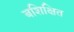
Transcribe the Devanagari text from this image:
बशिक्षित